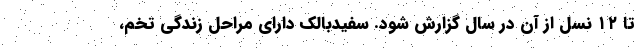
تا ۱۲ نسل از آن در سال گزارش شود. سفیدبالک دارای مراحل زندگی تخم،